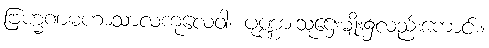
ဗြဟ္မဏမဟာသာလကုလေဝါ၊ ပုဏ္ဏားသူဌေးမျိုး၌လည်းကောင်း။